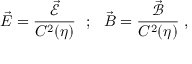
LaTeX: \vec { E } = \frac { \vec { \mathcal { E } } } { C ^ { 2 } ( \eta ) } ~ ~ ; ~ ~ \vec { B } = \frac { \vec { \mathcal { B } } } { C ^ { 2 } ( \eta ) } \; ,